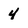
Character: 4